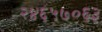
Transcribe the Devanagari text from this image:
२४६५७०६३